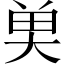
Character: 𮫭